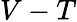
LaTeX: V-T